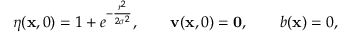
\eta ( \mathbf { x } , 0 ) = 1 + e ^ { - \frac { r ^ { 2 } } { 2 \sigma ^ { 2 } } } , \qquad \mathbf { v } ( \mathbf { x } , 0 ) = \mathbf { 0 } , \qquad b ( \mathbf { x } ) = 0 ,